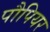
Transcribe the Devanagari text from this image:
पौपियर